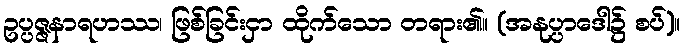
ဥပ္ပဇ္ဇနာရဟဿ၊ ဖြစ်ခြင်းငှာ ထိုက်သော တရား၏။ (အနုပ္ပာဒေါ၌ စပ်)။